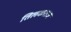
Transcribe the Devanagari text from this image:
तिलकराज